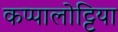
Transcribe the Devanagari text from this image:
कप्पालोट्टिया